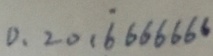
0 . 2 0 1 \dot { 6 } 6 6 6 6 6 6